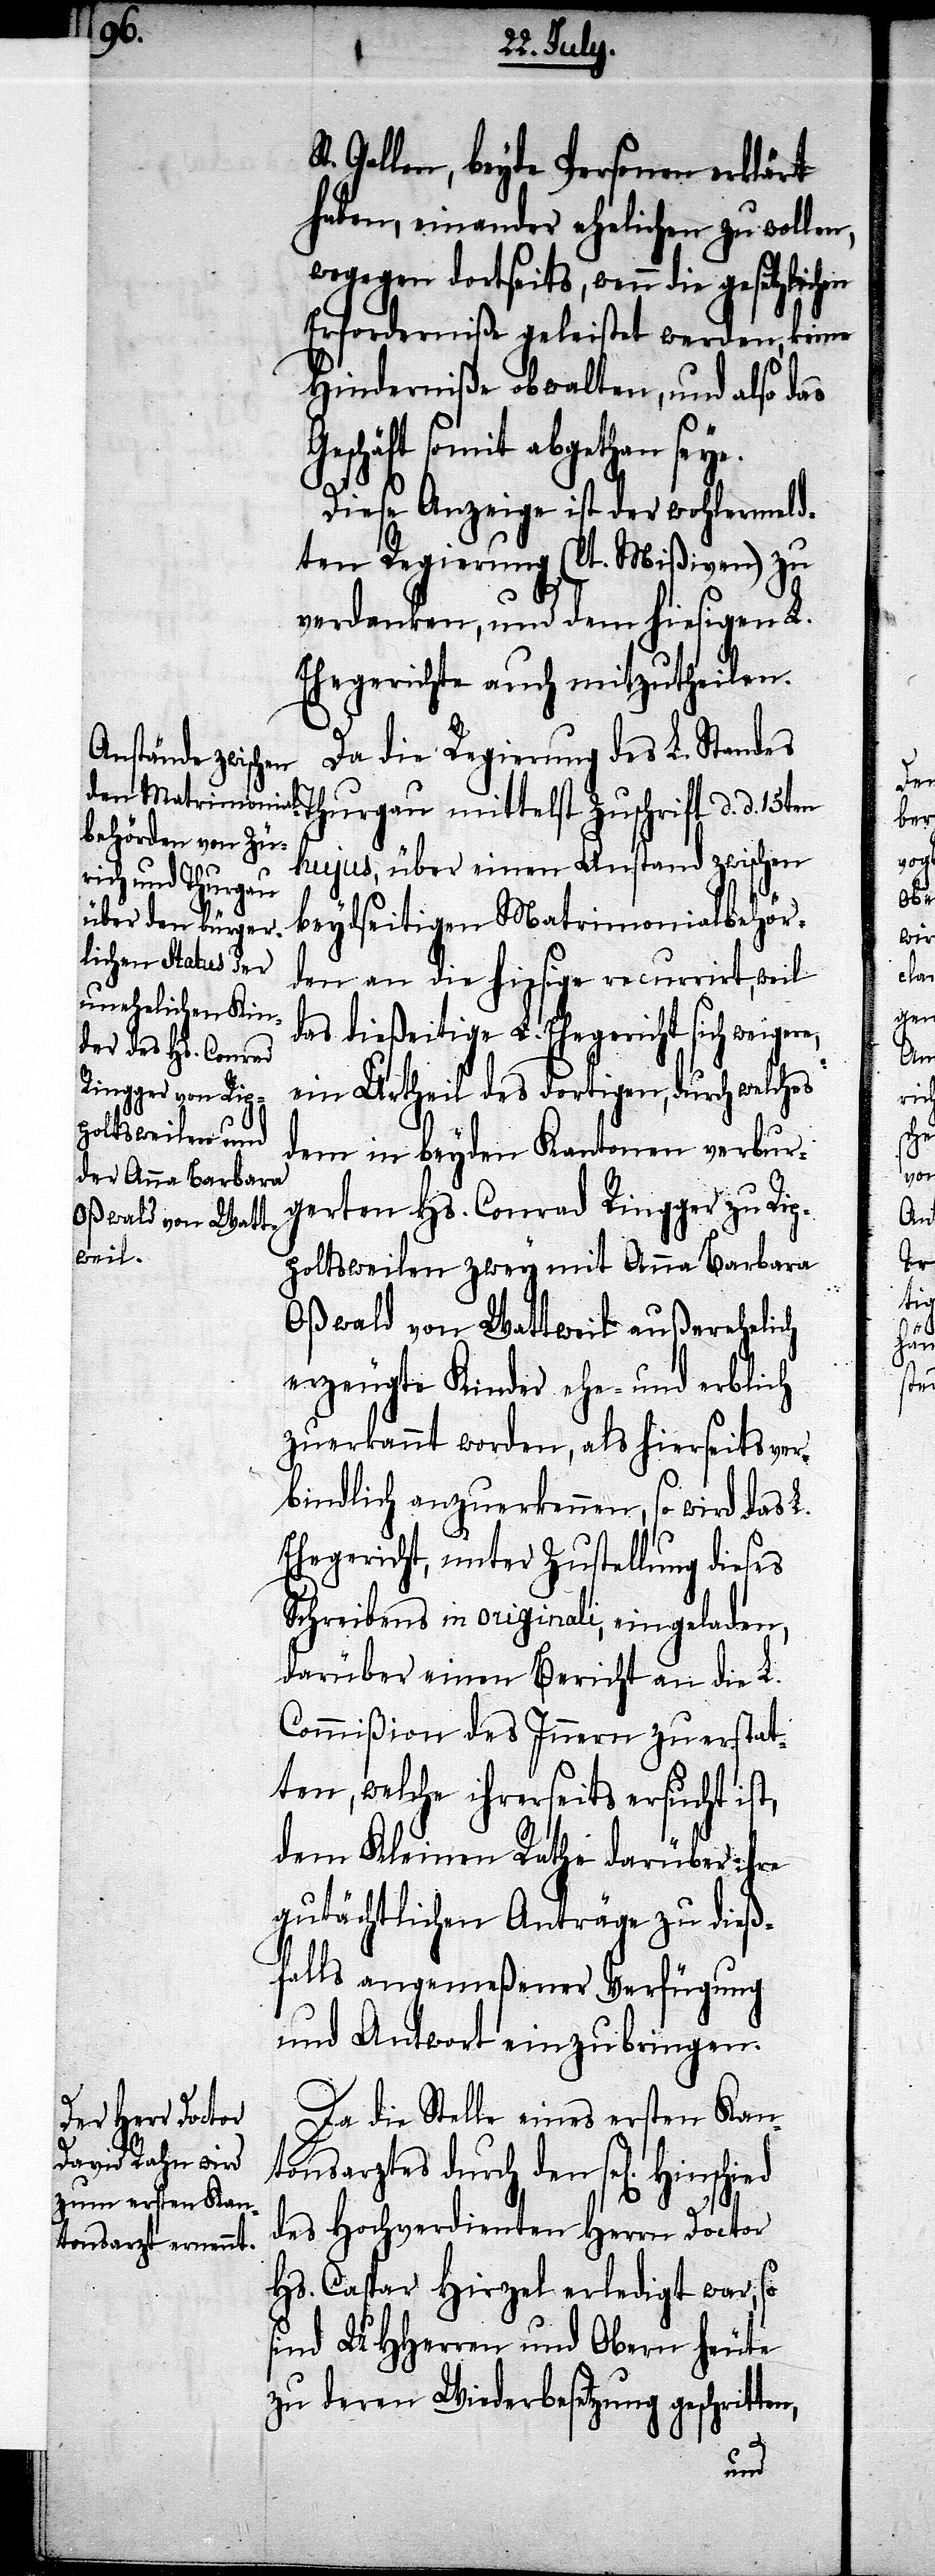
St. Gallen, beyde Personen erklärt
haben, einander ehelichen zu wolle¬
wogegen dortseits, wenn die gesetzlichen
Erforderniße geleistet werden, keine
Hinderniße obwalten, und also das
Geschäft somit abgethan seye.
Diese Anzeige ist der wohlermeld¬
ten Regierung (lt. Mißiven) zu
verdanken, und dem hiesigen L.
Ehegerichte auch mitzutheilen.
Da die Regierung des L. Standes
hujus, über einen Anstand zwischen
beydseitigen Matrimonialbehör¬
den an die hiesige recurrirt, weil
das dießeitige L. Ehegericht sich weiger¬
ein Urtheil des dortigen, durch welches
dem in beyden Kantonen verbur¬
gerten Hs. Conrad Ringger zu Rip¬
poltsweilen zwey mit Anna Barbara
Oßwald von Wattweil außerehelich
erzeugte Kinder ehe- und erblich
zuerkannt worden, als hierseits ver¬
bindlich anzuerkennen, so wird das L.
Ehegericht, unter Zustellung dieses
Schreibens in originali, eingeladen,
darüber einen Bericht an die L.
Commißon des Innern zu erstat¬
ten, welche ihrerseits ersucht ist,
dem Kleinen Rathe darüber ihre
gutächtlichen Anträge zu dieß¬
falls angemeßener Verfügung
und Antwort einzubringen.
Da die Stelle eines ersten Kan¬
tonsarztes durch den sel[igen]
des Hochverdienten Herrn Doctor
Hs. Caspar Hirzel erledigt war, so
sind UHHerren und Obern heute
zu deren Wiederbesetzung geschritte¬
n,